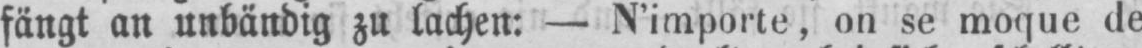
fängt an unbändig zu lachen: - N’importe, on se moque de